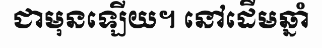
ជាមុនឡើយ។ នៅដើមឆ្នាំ